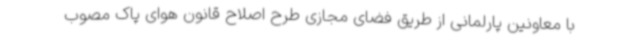
با معاونین پارلمانی از طریق فضای مجازی طرح اصلاح قانون هوای پاک مصوب